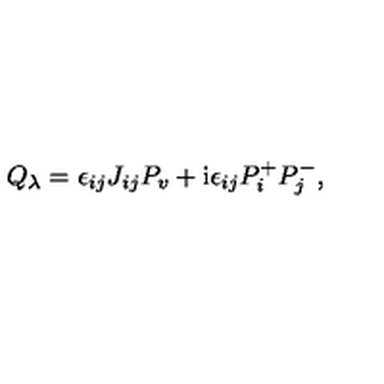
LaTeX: Q _ { \lambda } = \epsilon _ { i j } J _ { i j } P _ { v } + \mathrm { i } \epsilon _ { i j } P _ { i } ^ { + } P _ { j } ^ { - } ,